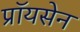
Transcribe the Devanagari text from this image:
प्रॉयसेन